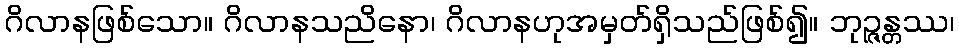
ဂိလာနဖြစ်သော။ ဂိလာနသညိနော၊ ဂိလာနဟုအမှတ်ရှိသည်ဖြစ်၍။ ဘုဉ္ဇန္တဿ၊